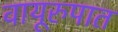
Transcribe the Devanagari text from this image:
वायूरुपात